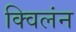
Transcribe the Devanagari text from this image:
क्विलंन